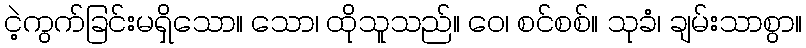
ငဲ့ကွက်ခြင်းမရှိသော။ သော၊ ထိုသူသည်။ ဝေ၊ စင်စစ်။ သုခံ၊ ချမ်းသာစွာ။